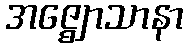
အဇ္ဈောသာနာ